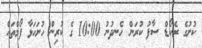
ކުށުގެ ރެކޯޑް ސާފު ކުރަން ހެނދުނު 10:00 ގެ ކުރިން ހުށަހަޅާ ފޯމްތައް